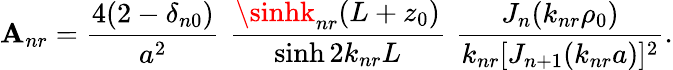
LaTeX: \mathbf{A}_{nr}={\frac{{4(2-\delta_{n0})}}{{a^{2}}}}\, \, {\frac{{\sinhk_{nr}(L+z_{0})}}{{\sinh2k_{nr}L}}}\, \, {\frac{{J_{n}(k_{nr}\rho_{0})}}{{k_{nr}[J_{n+1}(k_{nr}a)]^{2}}}}.